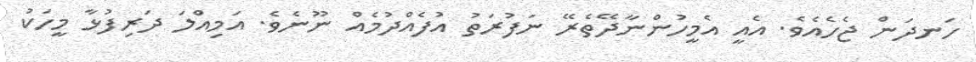
ހަނދަން ޖެހެއެވެ. އެއީ އެމީހުންނާދޭތެރޭ ނަފުރަތު އުފެއްދުމެއް ނޫނެވެ. އަމިއްލަ ދަރިފުޅާ މީހަކު